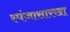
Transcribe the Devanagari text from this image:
स्पंजासारखा